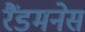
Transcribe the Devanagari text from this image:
रैंडमनेस